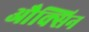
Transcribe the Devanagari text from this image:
औक्सिन